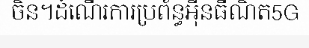
ចិន។ដំណើរការប្រព័ន្ធអ៊ីនធឺណិត5G